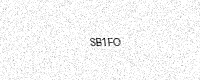
Text: SB1FO